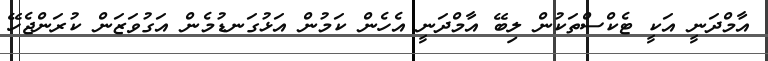
އާމްދަނީ އަކީ ޓެކްސްތަކުން ލިބޭ އާމްދަނީ އެހެން ކަމުން އަޅުގަނޑުމެން އަގުވަޒަން ކުރަންޖެހޭ